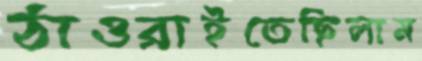
ঠাওরাইতেছিলাম